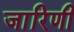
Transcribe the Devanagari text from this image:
जारिणी